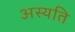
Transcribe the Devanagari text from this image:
अस्यति